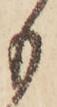
も